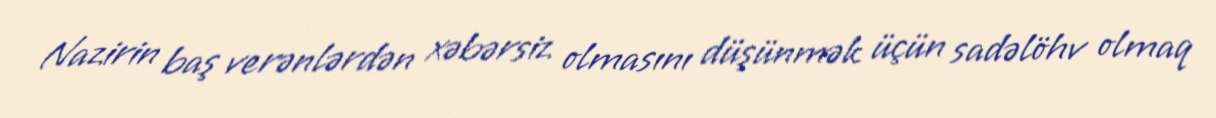
Nazirin baş verənlərdən xəbərsiz olmasını düşünmək üçün sadəlöhv olmaq